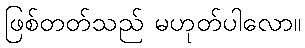
ဖြစ်တတ်သည် မဟုတ်ပါလော။